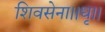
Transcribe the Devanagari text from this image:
शिवसेना।।धृ।।